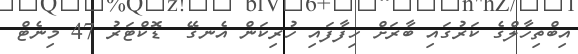
އިބްތިހާލްގެ ކަރުގައި ބާރަށް ހިފާފައި ހުރިކަން އެނގޭ  ޑޮކްޓަރު 47 މިނެޓް